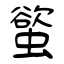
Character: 螸